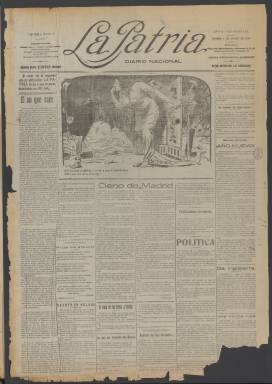
Título: La Patria (Madrid)
Otros títulos: El Combate || El Combate (Madrid. 1919)
Colección: Periódicos
Ámbito geográfico: Madrid
Lugar de publicación: Madrid
Fechas: 01/01/1915-28/11/1919